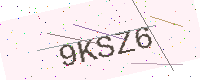
Text: 9KSZ6